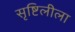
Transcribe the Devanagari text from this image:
सृष्टिलीला